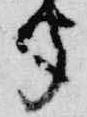
聞